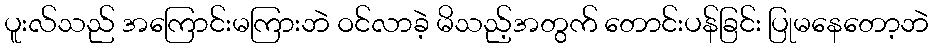
ပူးလ်သည် အကြောင်းမကြားဘဲ ဝင်လာခဲ့ မိသည့်အတွက် တောင်းပန်ခြင်း ပြုမနေတော့ဘဲ